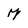
Character: M